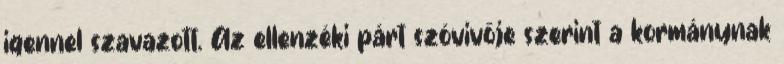
igennel szavazott. Az ellenzéki párt szóvivője szerint a kormánynak